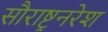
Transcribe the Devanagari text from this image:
सौराष्ट्रनरेश